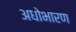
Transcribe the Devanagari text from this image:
अधोभारण